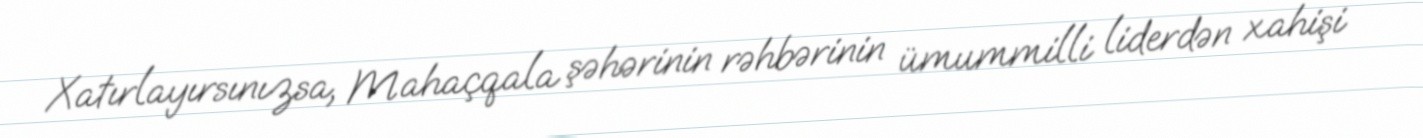
Xatırlayırsınızsa, Mahaçqala şəhərinin rəhbərinin ümummilli liderdən xahişi